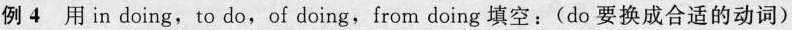
例 4 用 in doing,to do,of doing,from doing 填空:(do 要换成合适的动词)